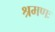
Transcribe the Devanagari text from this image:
श्रमणः